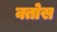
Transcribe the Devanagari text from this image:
क्तोस